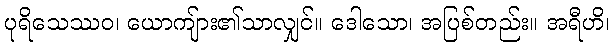
ပုရိသေဿဝ၊ ယောကျ်ား၏သာလျှင်။ ဒေါသော၊ အပြစ်တည်း။ အရီဟိ၊